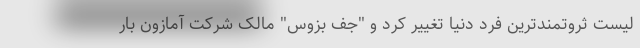
لیست ثروتمندترین فرد دنیا تغییر کرد و "جف بزوس" مالک شرکت آمازون بار